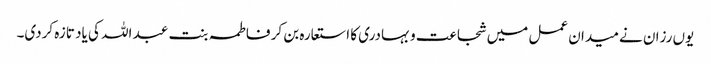
یوں رزان نے میدان عمل میں شجاعت و بہادری کا استعارہ بن کر فاطمہ بنت عبد اللہ کی یاد تازہ کردی۔